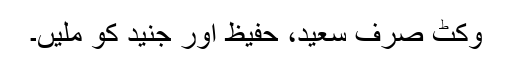
وکٹ صرف سعید، حفیظ اور جنید کو ملیں۔